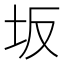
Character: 坂